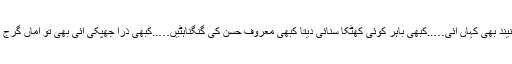
مگر نیند بھی کہاں آئی…..کبھی باہر کوئی کھٹکا سنائی دیتا کبھی معروف حسن کی گنگناہٹیں…..کبھی ذرا جھپکی آئی بھی تو اماں گرج اٹھیں۔